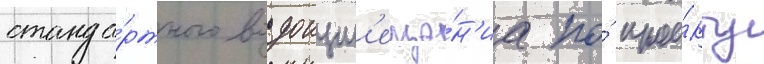
станда́ртного водоизм'еще́н'иа по́ прое́кту